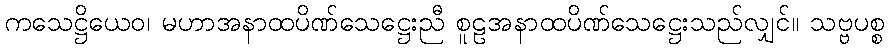
ကသေဋ္ဌိယေဝ၊ မဟာအနာထပိဏ်သေဋ္ဌေးညီ စူဠအနာထပိဏ်သေဋ္ဌေးသည်လျှင်။ သဗ္ဗပစ္စ